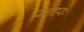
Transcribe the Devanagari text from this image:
प्रतापः